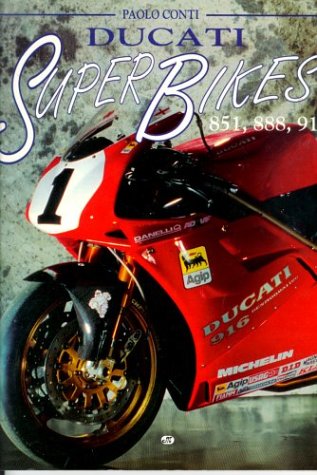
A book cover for Ducati Superbikes: 851, 888, 916; Paolo Conti; Engineering & Transportation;